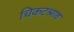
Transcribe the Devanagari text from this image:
चिकटश्राव